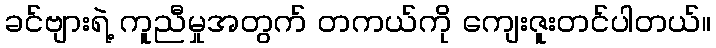
ခင်ဗျားရဲ့ ကူညီမှုအတွက် တကယ်ကို ကျေးဇူးတင်ပါတယ်။